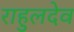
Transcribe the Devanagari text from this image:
राहुलदेव